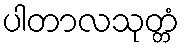
ပါတာလသုတ္တံ